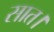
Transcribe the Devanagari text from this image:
सात।